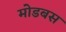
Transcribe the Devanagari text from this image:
मोडबस